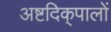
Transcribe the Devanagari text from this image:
अष्टदिक्‌पालों